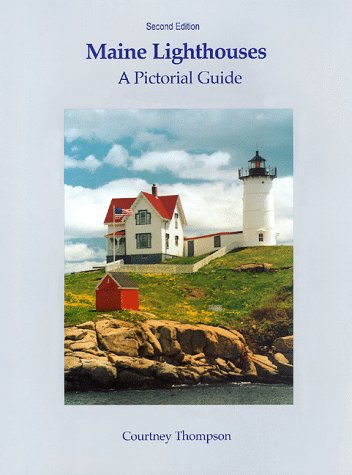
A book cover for Maine Lighthouses: A Pictorial Guide; Courtney Thompson; Travel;